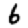
Digit: 6